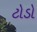
ટોડો